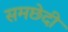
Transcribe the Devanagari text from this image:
समछेदी